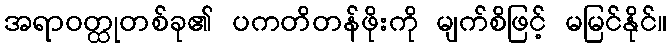
အရာဝတ္ထုတစ်ခု၏ ပကတိတန်ဖိုးကို မျက်စိဖြင့် မမြင်နိုင်။